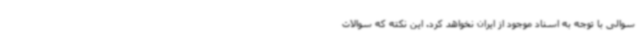
سوالی با توجه به اسناد موجود از ایران نخواهد کرد. این نکته که سوالات